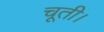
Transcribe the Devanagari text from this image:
चूती।